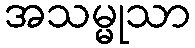
အသမ္မုသာ